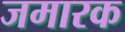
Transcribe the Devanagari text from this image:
जमारक